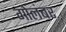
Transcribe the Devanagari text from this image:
गोलंबर